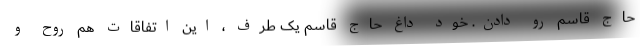
حاج قاسم رو دادن. خود داغ حاج قاسم یک طرف ، این اتفاقات هم روح و